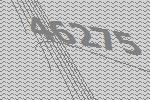
46275